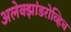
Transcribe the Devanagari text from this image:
अलेक्झांडरोव्हिच